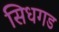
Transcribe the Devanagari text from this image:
सिधगड